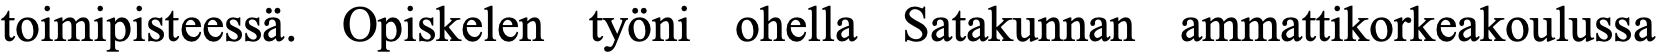
toimipisteessä. Opiskelen työni ohella Satakunnan ammattikorkeakoulussa